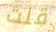
قلت